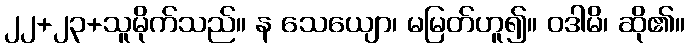
၂၂+၂၃+သူမိုက်သည်။ န သေယျော၊ မမြတ်ဟူ၍။ ဝဒါမိ၊ ဆို၏။